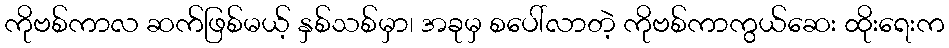
ကိုဗစ်ကာလ ဆက်ဖြစ်မယ့် နှစ်သစ်မှာ၊ အခုမှ စပေါ်လာတဲ့ ကိုဗစ်ကာကွယ်ဆေး ထိုးရေးက